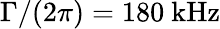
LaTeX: \Gamma/(2\pi)=180~\mathrm{kHz}